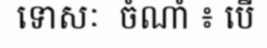
ទោសៈ  ចំណាំ ៖ បើ